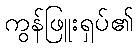
ကွန်ဖြူးရှပ်၏